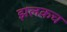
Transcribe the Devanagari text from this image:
झलकच